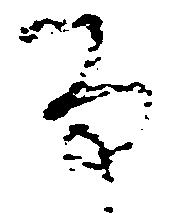
な